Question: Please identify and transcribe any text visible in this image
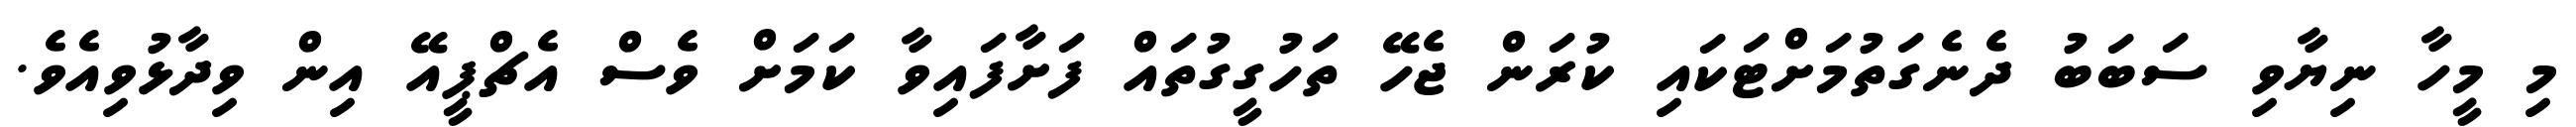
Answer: މި މީހާ ނިޔާވި ސަބަބު ދެނެގަތުމަށްޓަކައި ކުރަން ޖެހޭ ތަހުގީގުތައް ފަށާފައިވާ ކަމަށް ވެސް އެޗްޕީއޭ އިން ވިދާޅުވިއެވެ.